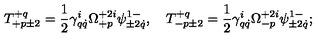
T _ { + p \pm 2 } ^ { + q } = \frac 1 2 \gamma _ { q \dot { q } } ^ { i } \Omega _ { + p } ^ { + 2 i } \psi _ { \pm 2 \dot { q } } ^ { 1 - } , \quad T _ { - p \pm 2 } ^ { + q } = \frac 1 2 \gamma _ { q \dot { q } } ^ { i } \Omega _ { - p } ^ { + 2 i } \psi _ { \pm 2 \dot { q } } ^ { 1 - } ;